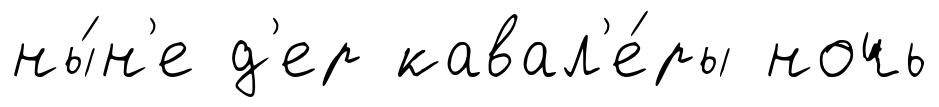
ны́н'е д'ер кавал'е́ры ночь